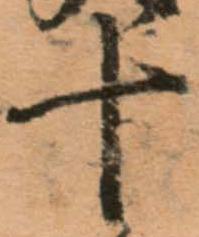
十